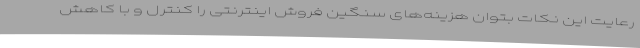
رعایت این نکات بتوان هزینه‌های سنگین فروش اینترنتی را کنترل و با کاهش